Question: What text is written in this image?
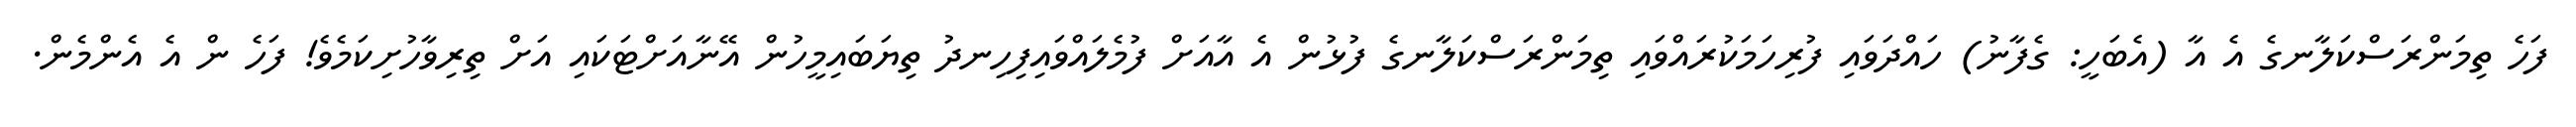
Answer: ފަހެ ތިމަންރަސްކަލާނގެ އެ އާ (އެބަހީ: ގެފާނު) ހައްދަވައި ފުރިހަމަކުރައްވައި ތިމަންރަސްކަލާނގެ ފުޅުން އެ އާއަށް ފުމެލައްވައިފިހިނދު ތިޔަބައިމީހުން އޭނާއަށްޓަކައި އަށް ތިރިވާހުށިކަމެވެ! ފަހެ ން އެ އެންމެން.